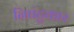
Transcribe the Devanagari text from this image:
निघंटुकार